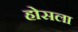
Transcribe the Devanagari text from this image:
होसला